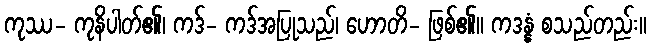
ကုဿ- ကုနိပါတ်၏၊ ကဒ်- ကဒ်အပြုသည်၊ ဟောတိ- ဖြစ်၏။ ကဒန္နံ စသည်တည်း။